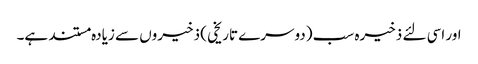
اور اسی لئے ذخیرہ سب (دوسرے تاریخی ) ذخیروں سے زیادہ مستند ہے۔